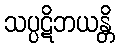
သပ္ပဋိဘယန္တိ